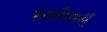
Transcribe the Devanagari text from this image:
सानिध्य्